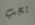
يجب